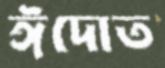
ঈদোত